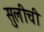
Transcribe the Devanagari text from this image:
सुलीची